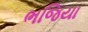
ભજિયા